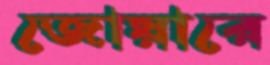
জোয়ারে